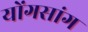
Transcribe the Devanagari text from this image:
योंगसांग